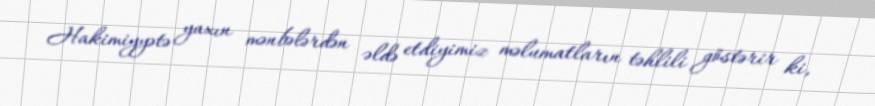
Hakimiyyətə yaxın mənbələrdən əldə etdiyimiz məlumatların təhlili göstərir ki,